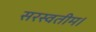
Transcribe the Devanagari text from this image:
सरस्वतीम।